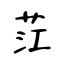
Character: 茳